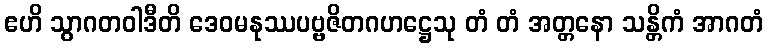
ဧဟိ သွာဂတဝါဒီတိ ဒေဝမနုဿပဗ္ဗဇိတဂဟဋ္ဌေသု တံ တံ အတ္တနော သန္တိကံ အာဂတံ